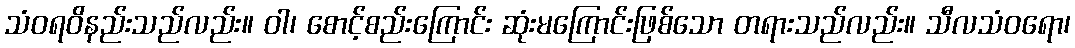
သံဝရဝိနည်းသည်လည်း။ ဝါ၊ စောင့်စည်းကြောင်း ဆုံးမကြောင်းဖြစ်သော တရားသည်လည်း။ သီလသံဝရော၊